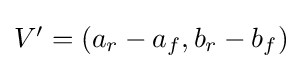
{\textstyle V'=(a_{r}-a_{f},b_{r}-b_{f})}